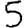
Digit: 5